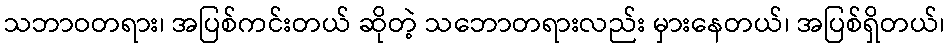
သဘာဝတရား၊ အပြစ်ကင်းတယ် ဆိုတဲ့ သဘောတရားလည်း မှားနေတယ်၊ အပြစ်ရှိတယ်၊